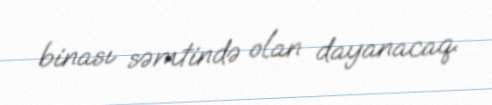
binası səmtində olan dayanacaq.